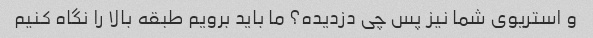
و استریوی شما نیز پس چی دزدیده؟ ما باید برویم طبقه بالا را نگاه کنیم